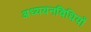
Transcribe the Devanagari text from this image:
अध्ययनविधियों